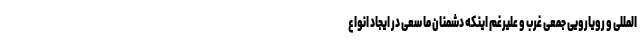
المللی و رویارویی جمعی غرب و علیرغم اینکه دشمنان ما سعی در ایجاد انواع